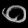
Digit: ၀